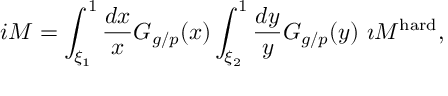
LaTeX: i { \cal M } = \int _ { \xi _ { 1 } } ^ { 1 } \frac { d x } { x } G _ { g / p } ( x ) \int _ { \xi _ { 2 } } ^ { 1 } \frac { d y } { y } G _ { g / p } ( y ) \ \i { \cal M } ^ { \mathrm { h a r d } } ,